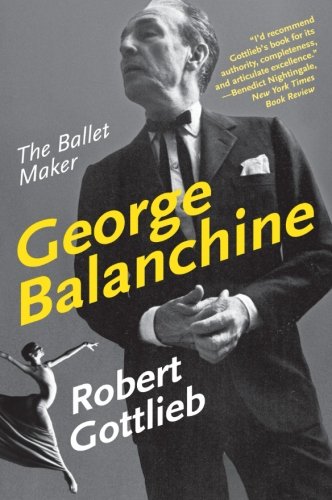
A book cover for George Balanchine: The Ballet Maker (Eminent Lives); Robert Gottlieb; Biographies & Memoirs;